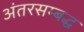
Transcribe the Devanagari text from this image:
अंतरसम्बद्ध